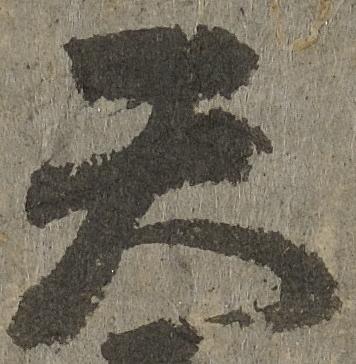
天